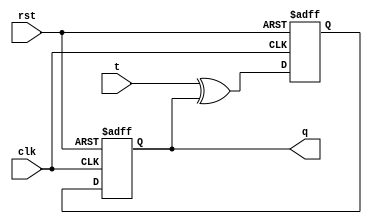
module t_flip_flop (
    input wire clk,
    input wire rst,
    input wire t,
    output reg q
);

reg d;

always @(posedge clk or posedge rst) begin
    if (rst) begin
        d <= 1'b0;
    end else begin
        d <= t ^ q;
    end
end

always @(posedge clk or posedge rst) begin
    if (rst) begin
        q <= 1'b0;
    end else begin
        q <= d;
    end
end

endmodule